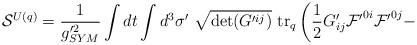
\begin{align*}{\cal S}^{U(q)} = \frac{1}{g'^{2}_{SYM}} \int dt\int d^{3} \sigma'~\sqrt{\det(G'^{ij})}~ {\rm tr}_q\left(\frac{1}{2} G'_{ij} {\cal F'}^{0i} {\cal F'}^{0j} - \right.\end{align*}